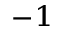
^ { - 1 }